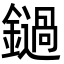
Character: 鐹